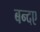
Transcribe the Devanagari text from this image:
बन्दए